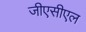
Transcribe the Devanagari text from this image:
जीएसीएल